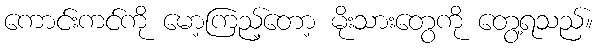
ကောင်းကင်ကို မော့ကြည့်တော့ မိုးသားတွေကို တွေ့ရသည်။